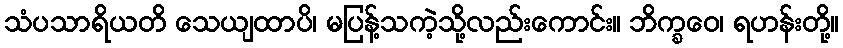
သံပသာရိယတိ သေယျထာပိ၊ မပြန့်သကဲ့သို့လည်းကောင်း။ ဘိက္ခဝေ၊ ရဟန်းတို့။